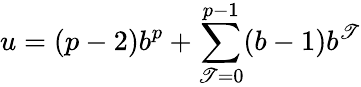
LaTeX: u=(p-2)b^{p}+\sum_{\mathscr{T}=0}^{p-1}(b-1)b^{\mathscr{T}}